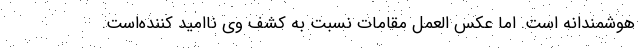
هوشمندانه است. اما عکس العمل مقامات نسبت به کشف وی ناامید کننده‌است.